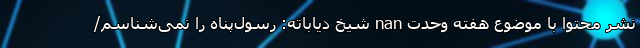
نشر محتوا با موضوع هفته وحدت nan شیخ دیاباته: رسول‌پناه را نمی‌شناسم/